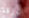
الورقة